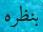
بنظره